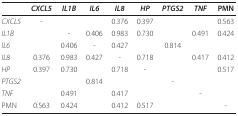
|  | CXCL5 | IL1B | IL6 | IL8 | HP | PTGS2 | TNF | PMN |
 | --- | --- | --- | --- | --- | --- | --- | --- | --- |
 | CXCL5 | - |  |  | 0.376 | 0.397 |  |  | 0.563 |
 | IL1B |  | - | 0.406 | 0.983 | 0.730 |  | 0.491 | 0.424 |
 | IL6 |  | 0.406 | - | 0.427 |  | 0.814 |  |  |
 | IL8 | 0.376 | 0.983 | 0.427 | - | 0.718 |  | 0.417 | 0.412 |
 | HP | 0.397 | 0.730 |  | 0.718 | - |  |  | 0.517 |
 | PTGS2 |  |  | 0.814 |  |  | - |  |  |
 | TNF |  | 0.491 |  | 0.417 |  |  | - |  |
 | PMN | 0.563 | 0.424 |  | 0.412 | 0.517 |  |  | - |